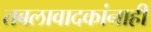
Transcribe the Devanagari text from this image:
तबलावादकांनाही